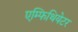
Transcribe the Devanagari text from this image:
एम्फिथियेटर